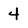
Character: 4